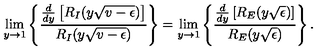
\lim _ { y \rightarrow 1 } \left\{ \frac { \frac { d } { d y } \left[ R _ { I } ( y \sqrt { v - \epsilon } ) \right] } { R _ { I } ( y \sqrt { v - \epsilon } ) } \right\} = \lim _ { y \rightarrow 1 } \left\{ \frac { \frac { d } { d y } \left[ R _ { E } ( y \sqrt { \epsilon } ) \right] } { R _ { E } ( y \sqrt { \epsilon } ) } \right\} .